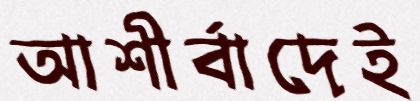
আশীর্বাদেই